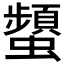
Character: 𧔪